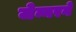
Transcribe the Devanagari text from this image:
जेन्नरने